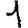
Digit: 1